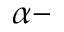
\alpha -